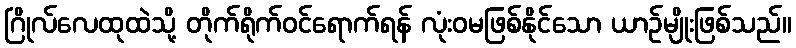
ဂြိုလ်လေထုထဲသို့ တိုက်ရိုက်ဝင်ရောက်ရန် လုံးဝမဖြစ်နိုင်သော ယာဉ်မျိုးဖြစ်သည်။